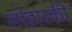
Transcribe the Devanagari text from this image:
लोहारकी